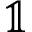
\mathbb { 1 }